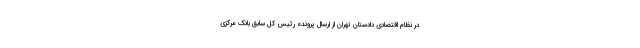
در نظام اقتصادی دادستان تهران از ارسال پرونده رئیس کل سابق بانک مرکزی